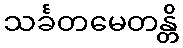
သင်္ခတမေတန္တိ